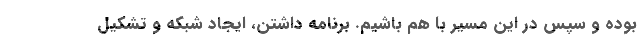
بوده و سپس در این مسیر با هم باشیم. برنامه داشتن، ایجاد شبکه و تشکیل